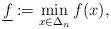
LaTeX: \begin{align*}\underline{f}:=\min_{x\in\Delta_n}f(x),\end{align*}